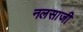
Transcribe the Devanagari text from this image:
नलसाजी